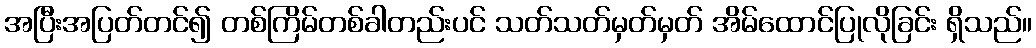
အပြီးအပြတ်တင်၍ တစ်ကြိမ်တစ်ခါတည်းပင် သတ်သတ်မှတ်မှတ် အိမ်ထောင်ပြုလိုခြင်း ရှိသည်။